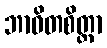
ဘာဝိတစိတ္တာ